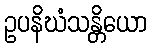
ဥပနိဃံသန္တိယော